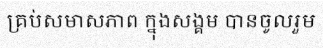
គ្រប់សមាសភាព ក្នុងសង្គម បានចូលរួម